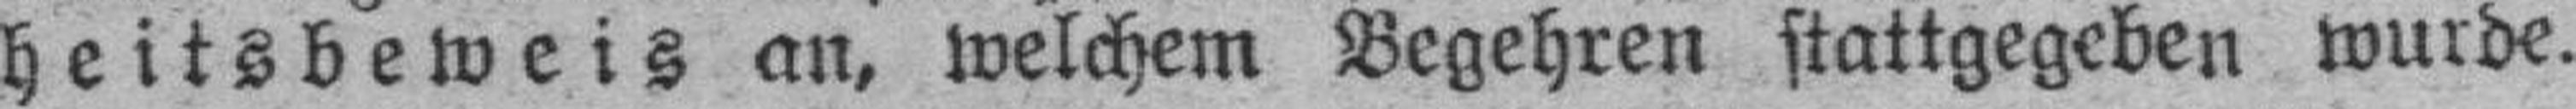
heitsbeweis an, welchem Begehren stattgegeben wurde.